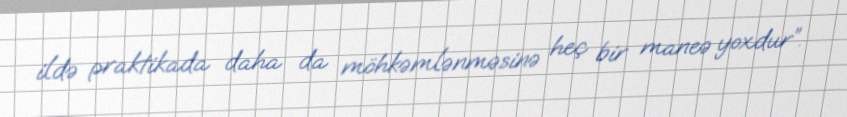
ildə praktikada daha da möhkəmlənməsinə heç bir maneə yoxdur”.